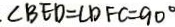
\cdot \angle B E D = \angle D F C = 9 0 ^ { \circ }